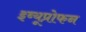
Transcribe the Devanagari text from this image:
इब्यूप्रोफन